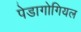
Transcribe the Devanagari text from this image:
पेडागोगियल